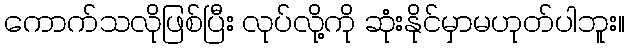
ကောက်သလိုဖြစ်ပြီး လုပ်လို့ကို ဆုံးနိုင်မှာမဟုတ်ပါဘူး။